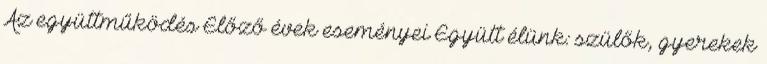
Az együttműködés Előző évek eseményei Együtt élünk: szülők, gyerekek